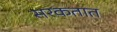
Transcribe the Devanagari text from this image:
सरकतात